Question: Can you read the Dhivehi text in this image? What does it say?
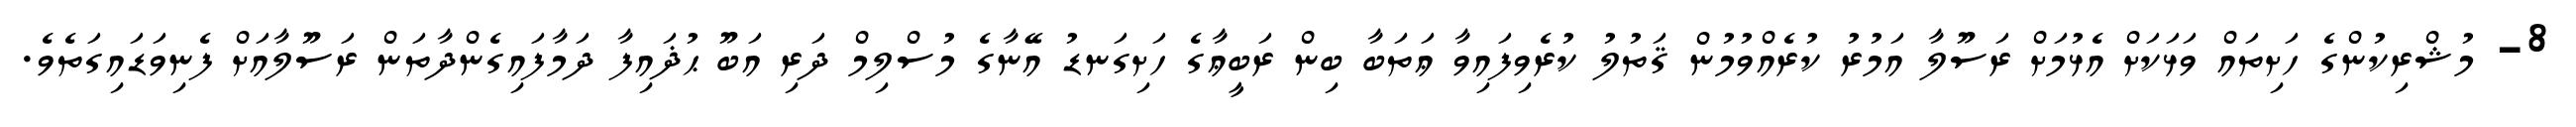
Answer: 8- މުޝްރިކުންގެ ހަށިތައް ވަޅަކަށް އެޅުމަށް ރަސޫލާ އަމުރު ކުރެއްވުމުން ޤަތުލު ކުރެވިފައިވާ ޢަތަބާ ބިން ރަބީޢާގެ ހަށިގަނޑު އޭނާގެ މުސްލިމް ދަރި އަބޫ ޙުޛައިފާ ދަމާފައިގެންދާތަން ރަސޫލާއަށް ފެނިވަޑައިގަތެވެ.